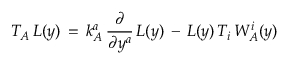
T _ { A } \, L ( y ) \, = \, k _ { A } ^ { a } \, \frac { \partial } { \partial y ^ { a } } \, L ( y ) \, - \, L ( y ) \, T _ { i } \, W _ { A } ^ { i } ( y )